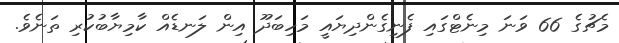
މެޗުގެ 66 ވަނަ މިނެޓްގައި ފެނިގެންދިޔައީ މަހިބަދޫ އިން ލަނޑެއް ކާމިޔާބުކުރި ތަނެވެ.